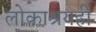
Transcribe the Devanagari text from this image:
लोकाश्रयही